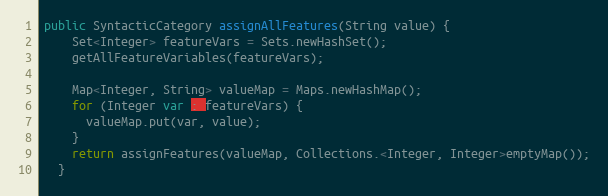
Language: Java
public SyntacticCategory assignAllFeatures(String value) {
    Set<Integer> featureVars = Sets.newHashSet();
    getAllFeatureVariables(featureVars);

    Map<Integer, String> valueMap = Maps.newHashMap();
    for (Integer var : featureVars) {
      valueMap.put(var, value);
    }
    return assignFeatures(valueMap, Collections.<Integer, Integer>emptyMap());
  }